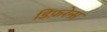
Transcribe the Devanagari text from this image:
डिफ़रेन्स